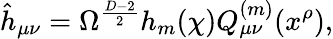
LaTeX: \hat{h}_{\mu\nu}=\Omega^{\frac{D-2}{2}}h_{m}(\chi)Q_{\mu\nu}^{(m)}(x^{\rho}),